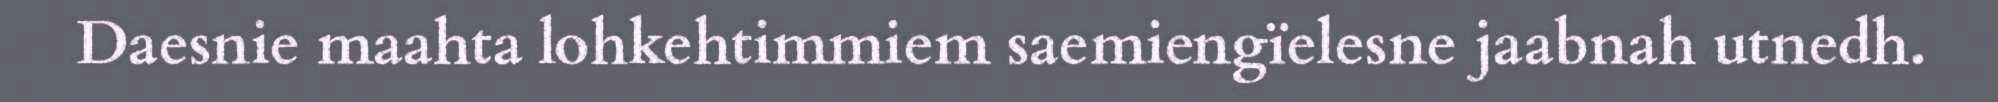
Daesnie maahta lohkehtimmiem saemiengïelesne jaabnah utnedh.